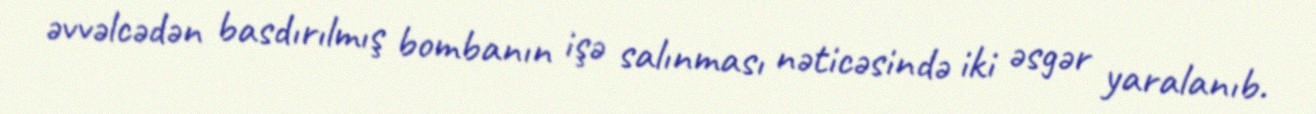
əvvəlcədən basdırılmış bombanın işə salınması nəticəsində iki əsgər yaralanıb.